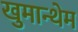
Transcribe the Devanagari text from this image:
खुमान्थेम